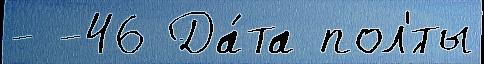
- -46 Да́та пол'́ты